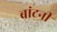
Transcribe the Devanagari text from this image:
बांटनी